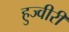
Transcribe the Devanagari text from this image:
हुज्वीरी